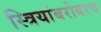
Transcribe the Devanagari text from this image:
स्त्रियांबरोबरच